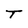
Character: T